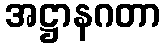
အဋ္ဌာနဂတာ